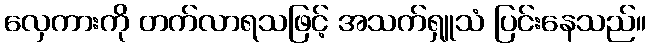
လှေကားကို တက်လာရသဖြင့် အသက်ရှူသံ ပြင်းနေသည်။